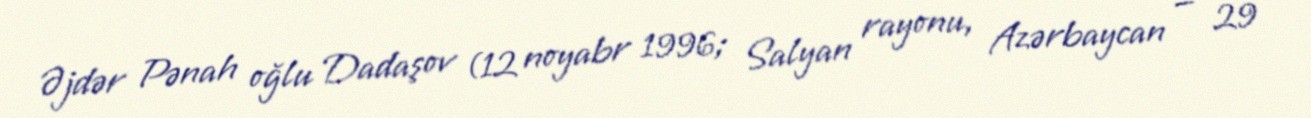
Əjdər Pənah oğlu Dadaşov (12 noyabr 1996; Salyan rayonu, Azərbaycan — 29